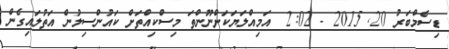
ޑިސެމްބަރު 20